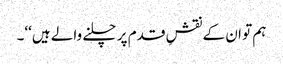
ہم تو ان کے نقشِ قدم پر چلنے والے ہیں‘‘۔